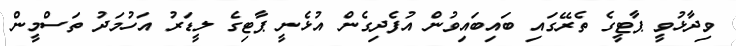
ވިދާޅުވީ ޕާޓީގެ ތެރޭގައި ބައިބައިވުން އުފެދިގެން އުޅެނީ ޕާޓިގެ ލީޑަރު އަހުމަދު ތަސްމީން